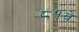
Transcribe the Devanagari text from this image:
८१वे